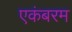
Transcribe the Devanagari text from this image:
एकंबरम